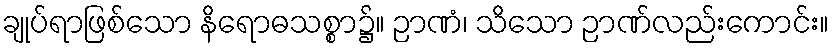
ချုပ်ရာဖြစ်သော နိရောဓသစ္စာ၌။ ဉာဏံ၊ သိသော ဉာဏ်လည်းကောင်း။